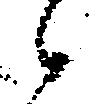
々